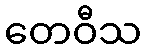
တေဝီသ